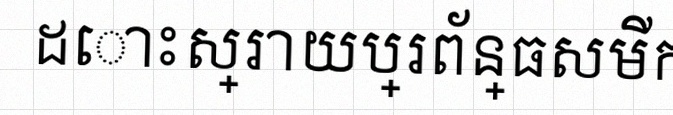
ដោះស្រាយប្រព័ន្ធសមីការ